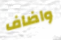
واضاف